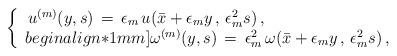
LaTeX: \begin{align*} \left\{\begin{array}{l} \,u^{(m)}(y,s) \,=\, \epsilon_m \,u(\bar x + \epsilon_m y\,,\,\epsilon_m^2s)\,, \\begin{align*}1mm] \omega^{(m)}(y,s) \,=\, \epsilon_m^2\,\omega(\bar x+\epsilon_my\,,\, \epsilon_m^2s)\,, \end{array}\right.\end{align*}